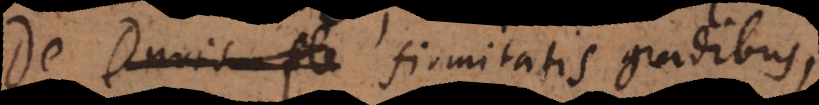
De Duris fle firmitatis gradibus,